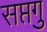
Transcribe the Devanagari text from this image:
सप्तगु